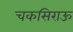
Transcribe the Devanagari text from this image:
चकसिराऊ